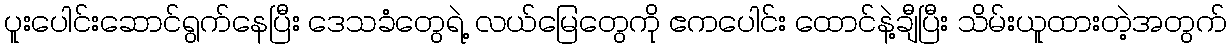
ပူးပေါင်းဆောင်ရွက်နေပြီး ဒေသခံတွေရဲ့ လယ်မြေတွေကို ဧကပေါင်း ထောင်နဲ့ချီပြီး သိမ်းယူထားတဲ့အတွက်